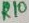
Text: R10